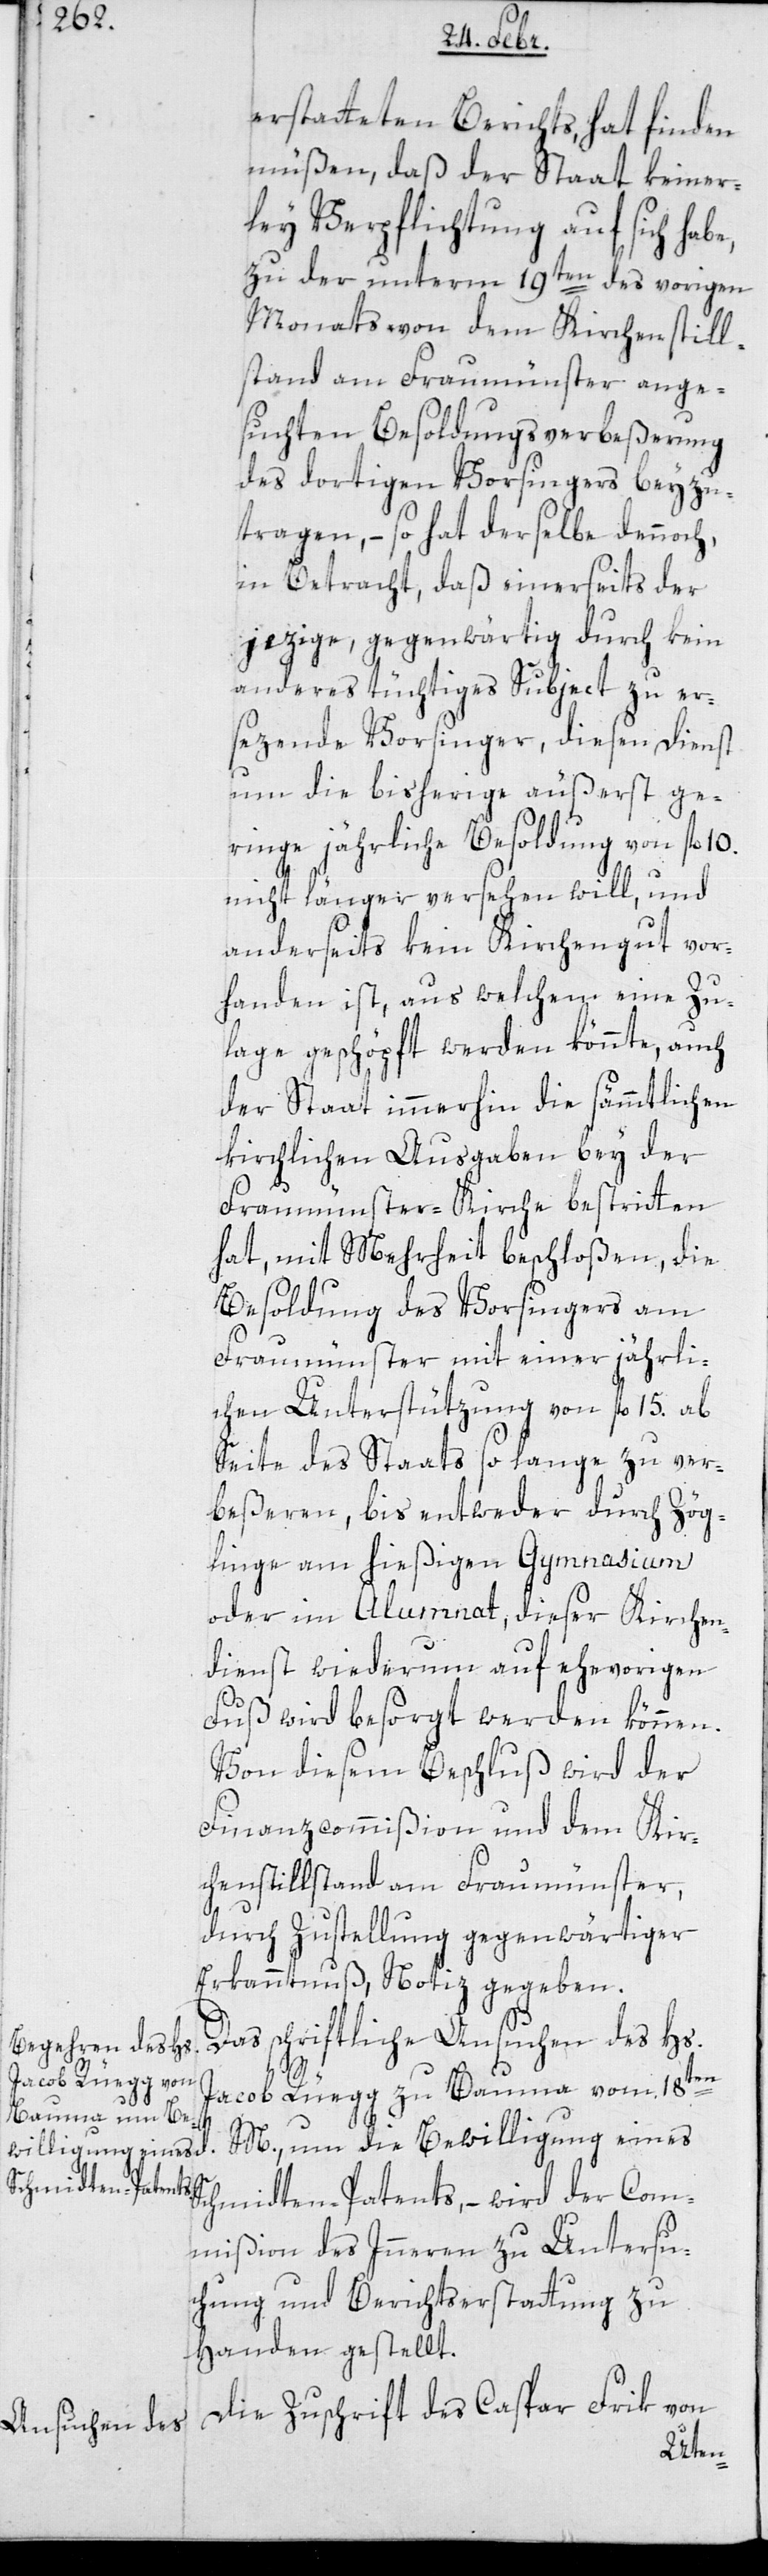
d.
erstatteten Berichts, hat finden
müßen, daß der Staat keiner¬
ley Verpflichtung auf sich habe,
zu der unterm 19ten des vorigen
Monats von dem Kirchenstill¬
stand am Fraumünster ange¬
suchten Besoldungsverbeßerung
des dortigen Vorsingers beyzu¬
tragen, – so hat derselbe dennoch,
in Betracht, daß einerseits der
jezige, gegenwärtig durch kein
anderes tüchtiges Subject zu er¬
sezende Vorsinger, diesen Dienst
um die bisherige äußerst ge¬
ringe jährliche Besoldung von fl.
nicht länger versehen will, und
anderseits kein Kirchgut vor¬
handen ist, aus welchem eine Zu¬
lage geschöpft werden könnte, auch
der Staat immerhin die sämtlichen
kirchlichen Ausgaben bey der
Fraumünster-Kirche bestritten
hat, mit Mehrheit beschloßen, die
Besoldung des Vorsingers am
Fraumünster mit einer jährli¬
chen Unterstützung von fl. 15 ab
Seite des Staats so lange zu ver¬
beßeren, bis entweder durch Zög¬
linge am hießigen Gymnasium
oder im Alumnat, dieser Kirchen¬
dienst wiederum auf ehevorigen
Fuß wird besorgt werden können.
Von diesem Beschluß wird der
Finanzcommißion und dem Kir¬
chenstillstand am Fraumünster,
durch Zustellung gegenwärtiger
Erkanntnuß Notiz gegeben.
Das schriftliche Ansuchen des Hs.
Jacob Rüegg zu Bauma vom 18ten
M[es]., um die Bewilligung eines
Schmidten-Patents, – wird der Com¬
mißion des Innern zu Untersu¬
chung und Berichtserstattung zu
Handen gestellt.
Die Zuschrift des Caspar Frik von